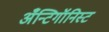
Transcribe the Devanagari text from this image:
अँन्टिगॉनिस्ट